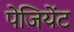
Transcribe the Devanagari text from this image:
पेजियेंट